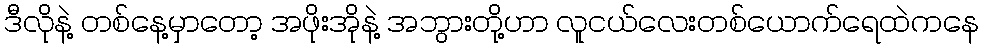
ဒီလိုနဲ့ တစ်နေ့မှာတော့ အဖိုးအိုနဲ့ အဘွားတို့ဟာ လူငယ်လေးတစ်ယောက်ရေထဲကနေ